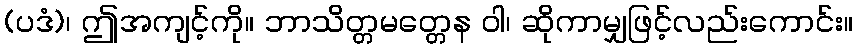
(ပဒံ)၊ ဤအကျင့်ကို။ ဘာသိတ္တမတ္တေန ဝါ၊ ဆိုကာမျှဖြင့်လည်းကောင်း။